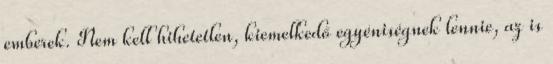
emberek. Nem kell hihetetlen, kiemelkedő egyéniségnek lennie, az is